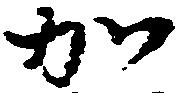
加